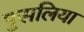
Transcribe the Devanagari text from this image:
पुसलिया